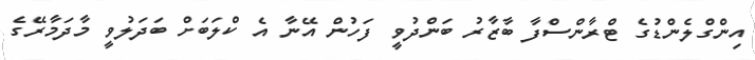
އިންގްލެންޑުގެ ޓްރާންސްފާ ބާޒާރު ބަންދުވީ ފަހުން އޭނާ އެ ކްލަބަށް ބަދަލުވީ މާދަމާރޭގެ